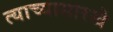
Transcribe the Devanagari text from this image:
त्याच्यासारखे